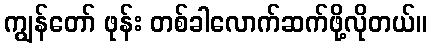
ကျွန်တော် ဖုန်း တစ်ခါလောက်ဆက်ဖို့လိုတယ်။